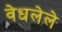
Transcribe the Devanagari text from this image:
वेधलेले